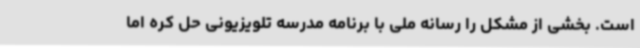
است. بخشی از مشکل را رسانه ملی با برنامه مدرسه تلویزیونی حل کره اما